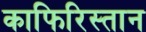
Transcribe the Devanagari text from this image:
काफिरिस्तान